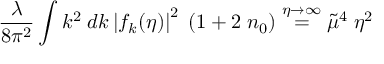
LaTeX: \frac { \lambda } { 8 \pi ^ { 2 } } \int k ^ { 2 } \; d k \left| f _ { k } ( \eta ) \right| ^ { 2 } \; ( 1 + 2 \; n _ { 0 } ) \stackrel { \eta \rightarrow \infty } { = } \tilde { \mu } ^ { 4 } \; \eta ^ { 2 }